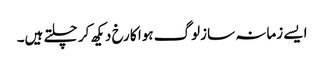
ایسے زمانہ سازلوگ ہوا کا رخ دیکھ کر چلتے ہیں۔